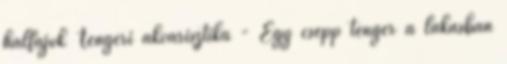
halfajok Tengeri akvarisztika - Egy csepp tenger a lakásban